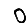
Digit: 0